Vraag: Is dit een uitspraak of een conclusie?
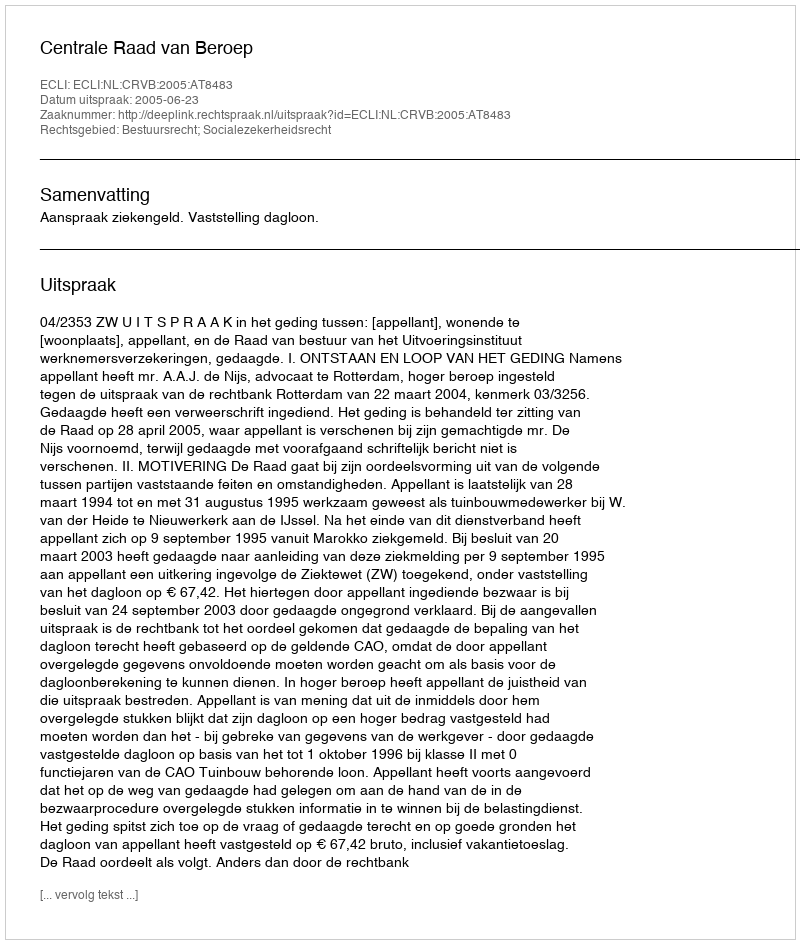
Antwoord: Uitspraak